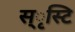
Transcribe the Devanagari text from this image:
स्ृस्टि